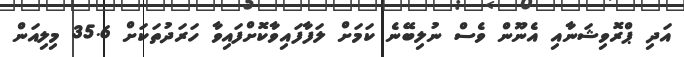
އަދި ޕްރޮވިޝަނާއި އެނޫން ވެސް ނުލިބޭނެ ކަމަށް ލަފާފައިވާކޮށްފައިވާ ހަރަދުތަކަށް 35.6 މިލިއަން